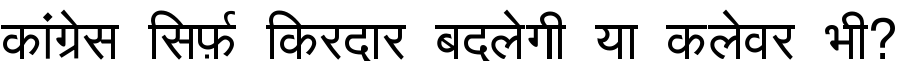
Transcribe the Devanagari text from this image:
कांग्रेस सिर्फ़ किरदार बदलेगी या कलेवर भी?